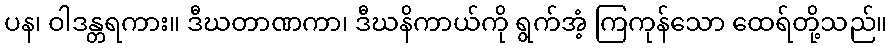
ပန၊ ဝါဒန္တရကား။ ဒီဃတာဏကာ၊ ဒီဃနိကာယ်ကို ရွက်အံ့ ကြကုန်သော ထေရ်တို့သည်။